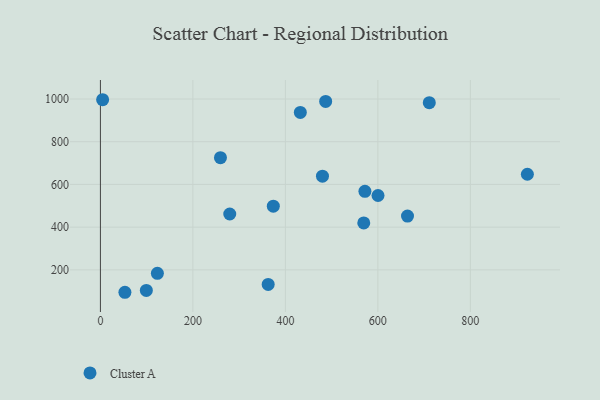
{"axis": {"x": "Experience", "y": "Rating"}, "legend": ["Cluster A"], "data": [{"x": "123.2", "y": 183.5, "type": "Cluster A"}, {"x": "53.0", "y": 95.0, "type": "Cluster A"}, {"x": "4.8", "y": 996.6, "type": "Cluster A"}, {"x": "99.3", "y": 103.5, "type": "Cluster A"}, {"x": "600.3", "y": 548.1, "type": "Cluster A"}, {"x": "259.6", "y": 725.4, "type": "Cluster A"}, {"x": "711.2", "y": 982.9, "type": "Cluster A"}, {"x": "572.0", "y": 567.6, "type": "Cluster A"}, {"x": "432.3", "y": 937.1, "type": "Cluster A"}, {"x": "569.5", "y": 419.9, "type": "Cluster A"}, {"x": "279.7", "y": 461.4, "type": "Cluster A"}, {"x": "373.9", "y": 498.3, "type": "Cluster A"}, {"x": "480.2", "y": 638.4, "type": "Cluster A"}, {"x": "664.1", "y": 451.7, "type": "Cluster A"}, {"x": "487.1", "y": 988.5, "type": "Cluster A"}, {"x": "362.8", "y": 131.8, "type": "Cluster A"}, {"x": "923.3", "y": 647.6, "type": "Cluster A"}]}